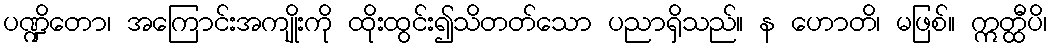
ပဏ္ဍိတော၊ အကြောင်းအကျိုးကို ထိုးထွင်း၍သိတတ်သော ပညာရှိသည်။ န ဟောတိ၊ မဖြစ်။ ဣတ္ထီပိ၊